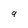
Character: g